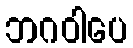
ဘဂဝါပေ